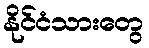
နိုင်ငံသားတွေ